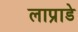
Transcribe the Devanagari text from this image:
लाप्राडे